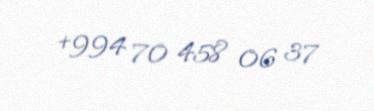
+994 70 458 06 37